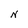
Character: N